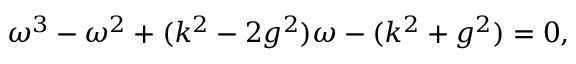
\omega ^ { 3 } - \omega ^ { 2 } + ( k ^ { 2 } - 2 g ^ { 2 } ) \omega - ( k ^ { 2 } + g ^ { 2 } ) = 0 ,